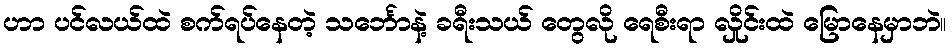
ဟာ ပင်လယ်ထဲ စက်ရပ်နေတဲ့ သင်္ဘောနဲ့ ခရီးသယ် တွေလို ရေစီးရာ လှိုင်းထဲ မြောနေမှာဘဲ။